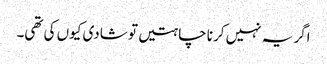
اگر یہ نہیں کرنا چاہتیں تو شادی کیوں کی تھی۔